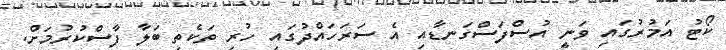
ކޯޓު އަމުރުގައި ވަނީ އުސްފަސްގަނޑާއި އެ ސަރަހައްދުގައި ހުރި ތަކެތި ބަލާ ފާސްކުރުމަށް.